Civil Veterinary Department Bihar & Orissa reports 1922-29 - 1922-1929
Year: 1922
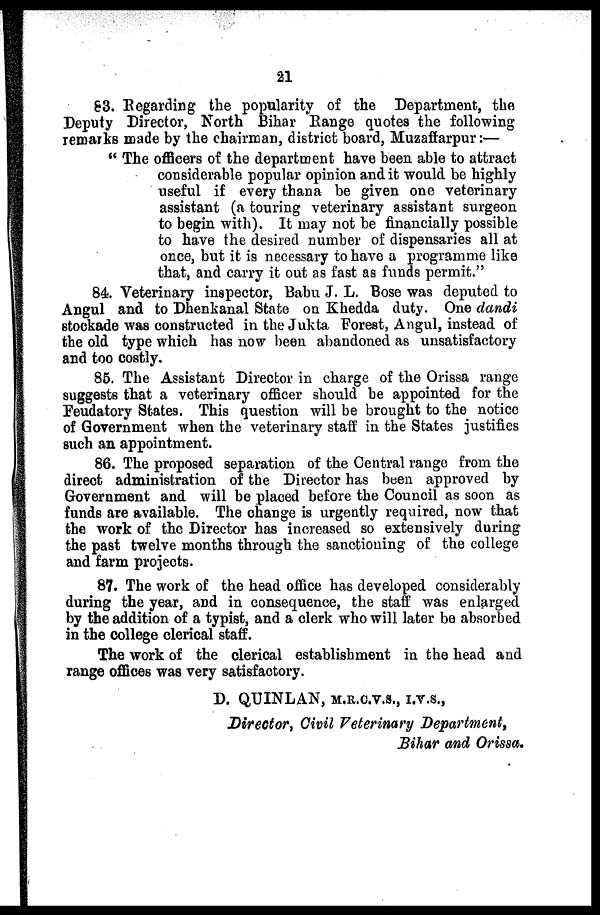
21
83. Regarding the popularity of the Department, the
Deputy Director, North Bihar Range quotes the following
remarks made by the chairman, district board, Muzaffarpur:—
" The officers of the department have been able to attract
considerable popular opinion audit would be highly
useful if every thana be given one veterinary
assistant (a touring veterinary assistant surgeon
to begin with). It may not be financially possible
to have the desired number of dispensaries all at
once, but it is necessary to have a programme like
that, and carry it out as fast as funds permit."
84. Veterinary inspector, Babu J. L. Bose was deputed to
Angul and to Dhenkanal State on Kheclda duty. One dandi
stockade was constructed in the Jukta Forest, Angul, instead of
the old type which has now been abandoned as unsatisfactory
and too costly.
85. The Assistant Director in charge of the Orissa range
suggests that a veterinary officer should be appointed for the
Feudatory States. This question will be brought to the notice
of Government when the veterinary staff in the States justifies
such an appointment.
86. The proposed separation of the Central range from the
direct administration of the Director has been approved by
Government and will be placed before the Council as soon as
funds are available. The change is urgently required, now that
the work of the Director has increased so extensively during
the past twelve months through the sanctioning of the college
and farm projects.
87. The work of the head office has developed considerably
during the year, and in consequence, the staff was enlarged
by the addition of a typist, and a clerk who will later be absorbed
in the college clerical staff.
The work of the clerical establishment in the head and
range offices was very satisfactory.
D. QUINLAN, M.R.C.V.S., I.V.S.,
Director, Civil Veterinary Department,
Bihar and Orissa.